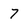
Character: 7